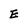
Character: E